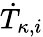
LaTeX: \dot{T}_{\kappa,i}